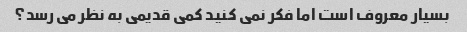
بسیار معروف است اما فکر نمی کنید کمی قدیمی به نظر می رسد؟